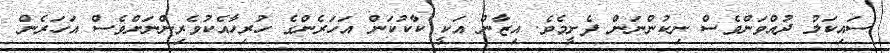
ސައިކަލު ދުއްވަންވެސް ނިކުންނަން ފެށީމެވެ. އިޒާން އަކީ ކާކުކަން އަހަރެންގެ ހުރިހާއެކުވެރިންނަށްވެސް އަހަރެން